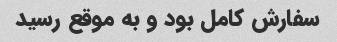
سفارش کامل بود و به موقع رسید